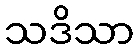
သဒိသာ